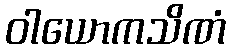
ဝါယောကသိဏံ